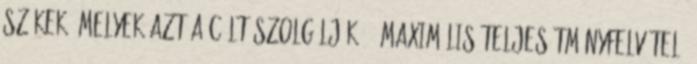
székek, melyek azt a célt szolgálják, . Maximális teljesítményfelvétel: